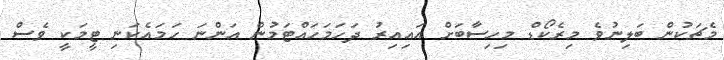
މެޗަކުން ބަލިނުވެ މިރެކޯޑް މިހިސާބަށް އައިއިރު ދަހަމަހައްޓަމުން އަންނަ ހަމައެކަނި ޓީމަކީ ވެސް